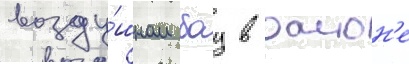
возду́шном боу в раион'е